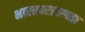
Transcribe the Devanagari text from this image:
भारतपरायणता